Civil Veterinary Department. Central Provinces & Berar 1932-41 - 1932-1941
Year: 1932
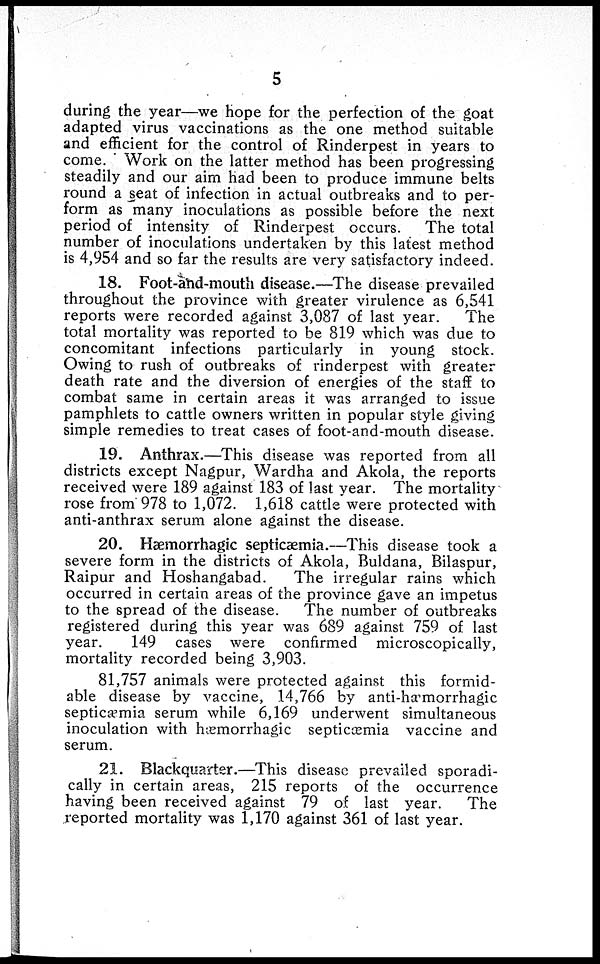
5
during the year—we hope for the perfection of the goat
adapted virus vaccinations as the one method suitable
and efficient for the control of Rinderpest in years to
come. Work on the latter method has been progressing
steadily and our aim had been to produce immune belts
round a seat of infection in actual outbreaks and to per-
form as many inoculations as possible before the next
period of intensity of Rinderpest occurs. The total
number of inoculations undertaken by this latest method
is 4,954 and so far the results are very satisfactory indeed.
18. Foot-and-mouth disease.—The disease prevailed
throughout the province with greater virulence as 6,541
reports were recorded against 3,087 of last year.
The
total mortality was reported to be 819 which was due to
concomitant infections particularly in young stock.
Owing to rush of outbreaks of rinderpest with greater
death rate and the diversion of energies of the staff to
combat same in certain areas it was arranged to issue
pamphlets to cattle owners written in popular style giving
simple remedies to treat cases of foot-and-mouth disease.
19. Anthrax.—This disease was reported from all
districts except Nagpur, Wardha and Akola, the reports
received were 189 against 183 of last year. The mortality
rose from 978 to 1,072. 1,618 cattle were protected with
anti-anthrax serum alone against the disease.
20. Hæmorrhagic septicæmia.—This disease took a
severe form in the districts of Akola, Buldana, Bilaspur,
Raipur and Hoshangabad.
The irregular rains which
occurred in certain areas of the province gave an impetus
to the spread of the disease.
The number of outbreaks
registered during this year was 689 against 759 of last
year.
149 cases were confirmed microscopically,
mortality recorded being 3,903.
81,757 animals were protected against this formid-
able disease by vaccine, 14,766 by anti-hæmorrhagic
septicæmia serum while 6,169 underwent simultaneous
inoculation with hæmorrhagic septicæmia vaccine and
serum.
21. Blackquarter.—This disease prevailed sporadi-
cally in certain areas, 215 reports of the occurrence
having been received against 79 of last year.
The
reported mortality was 1,170 against 361 of last year.